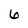
Character: 6